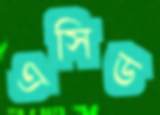
এসিড